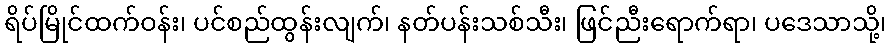
ရိပ်မြိုင်ထက်ဝန်း၊ ပင်စည်ထွန်းလျက်၊ နတ်ပန်းသစ်သီး၊ ဖြင်ညီးရောက်ရာ၊ ပဒေသာသို့၊